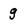
Character: g